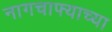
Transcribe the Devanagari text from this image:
नागचाफ्याच्या